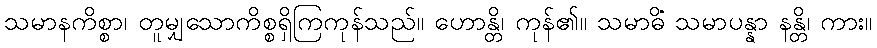
သမာနကိစ္စာ၊ တူမျှသောကိစ္စရှိကြကုန်သည်။ ဟောန္တိ၊ ကုန်၏။ သမာဓိံ သမာပန္နာ နန္တိ၊ ကား။